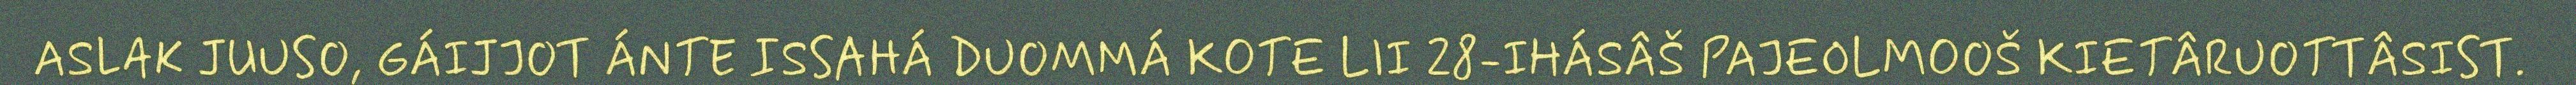
ASLAK JUUSO, GÁIJJOT ÁNTE ISSAHÁ DUOMMÁ KOTE LII 28-IHÁSÂŠ PAJEOLMOOŠ KIETÂRUOTTÂSIST.